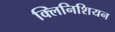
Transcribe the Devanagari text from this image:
क्लिनिशियन